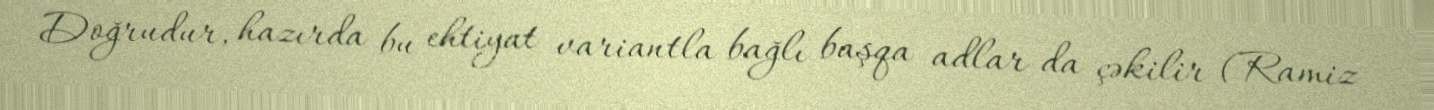
Doğrudur, hazırda bu ehtiyat variantla bağlı başqa adlar da çəkilir (Ramiz